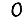
Digit: 0